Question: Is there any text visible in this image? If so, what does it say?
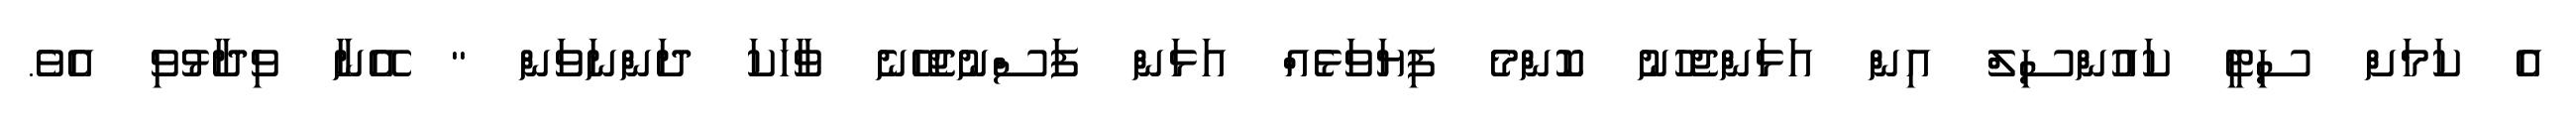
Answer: އެ ކަމަށް ސިޓީ ކައުންސިލް އިން އަޅަންޖެހުނު ކޮންމެ ފިޔަވަޅެއް އަޅަން ފަސްނުޖެހޭނެ ވާހަކަ ދަންނަވަން " އޭނާ ވިދާޅުވި އެވެ.